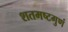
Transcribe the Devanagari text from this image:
शतमष्टगुणं